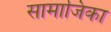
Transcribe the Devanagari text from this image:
सामाजिका